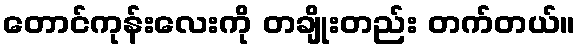
တောင်ကုန်းလေးကို တချိုးတည်း တက်တယ်။